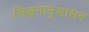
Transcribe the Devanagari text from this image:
लिङ्गानुशासन